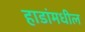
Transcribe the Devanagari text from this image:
हाडांमधील